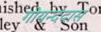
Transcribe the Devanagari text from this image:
गोयन्ददास